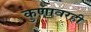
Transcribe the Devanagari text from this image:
कुणावरही